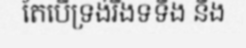
តែបើទ្រង់រឹងទទឹង នឹង